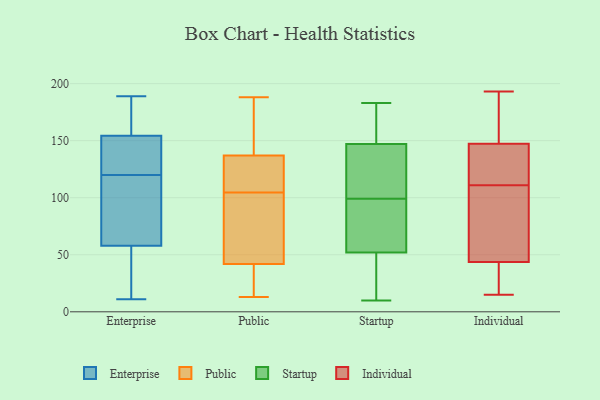
{"axis": {"x": "Shipments", "y": "Value"}, "legend": ["Enterprise", "Individual", "Public", "Startup"], "data": [{"x": "", "y": 120, "type": "Enterprise"}, {"x": "", "y": 145, "type": "Enterprise"}, {"x": "", "y": 70, "type": "Enterprise"}, {"x": "", "y": 108, "type": "Enterprise"}, {"x": "", "y": 112, "type": "Enterprise"}, {"x": "", "y": 177, "type": "Enterprise"}, {"x": "", "y": 54, "type": "Enterprise"}, {"x": "", "y": 156, "type": "Enterprise"}, {"x": "", "y": 149, "type": "Enterprise"}, {"x": "", "y": 132, "type": "Enterprise"}, {"x": "", "y": 183, "type": "Enterprise"}, {"x": "", "y": 30, "type": "Enterprise"}, {"x": "", "y": 11, "type": "Enterprise"}, {"x": "", "y": 144, "type": "Enterprise"}, {"x": "", "y": 40, "type": "Enterprise"}, {"x": "", "y": 189, "type": "Enterprise"}, {"x": "", "y": 77, "type": "Enterprise"}, {"x": "", "y": 163, "type": "Enterprise"}, {"x": "", "y": 18, "type": "Enterprise"}, {"x": "", "y": 108, "type": "Public"}, {"x": "", "y": 110, "type": "Public"}, {"x": "", "y": 21, "type": "Public"}, {"x": "", "y": 161, "type": "Public"}, {"x": "", "y": 29, "type": "Public"}, {"x": "", "y": 95, "type": "Public"}, {"x": "", "y": 159, "type": "Public"}, {"x": "", "y": 93, "type": "Public"}, {"x": "", "y": 188, "type": "Public"}, {"x": "", "y": 42, "type": "Public"}, {"x": "", "y": 179, "type": "Public"}, {"x": "", "y": 122, "type": "Public"}, {"x": "", "y": 137, "type": "Public"}, {"x": "", "y": 27, "type": "Public"}, {"x": "", "y": 134, "type": "Public"}, {"x": "", "y": 48, "type": "Public"}, {"x": "", "y": 13, "type": "Public"}, {"x": "", "y": 101, "type": "Public"}, {"x": "", "y": 148, "type": "Startup"}, {"x": "", "y": 29, "type": "Startup"}, {"x": "", "y": 22, "type": "Startup"}, {"x": "", "y": 43, "type": "Startup"}, {"x": "", "y": 144, "type": "Startup"}, {"x": "", "y": 148, "type": "Startup"}, {"x": "", "y": 81, "type": "Startup"}, {"x": "", "y": 99, "type": "Startup"}, {"x": "", "y": 81, "type": "Startup"}, {"x": "", "y": 10, "type": "Startup"}, {"x": "", "y": 183, "type": "Startup"}, {"x": "", "y": 161, "type": "Startup"}, {"x": "", "y": 141, "type": "Startup"}, {"x": "", "y": 116, "type": "Startup"}, {"x": "", "y": 79, "type": "Startup"}, {"x": "", "y": 104, "type": "Individual"}, {"x": "", "y": 112, "type": "Individual"}, {"x": "", "y": 193, "type": "Individual"}, {"x": "", "y": 165, "type": "Individual"}, {"x": "", "y": 21, "type": "Individual"}, {"x": "", "y": 50, "type": "Individual"}, {"x": "", "y": 148, "type": "Individual"}, {"x": "", "y": 147, "type": "Individual"}, {"x": "", "y": 111, "type": "Individual"}, {"x": "", "y": 73, "type": "Individual"}, {"x": "", "y": 25, "type": "Individual"}, {"x": "", "y": 15, "type": "Individual"}, {"x": "", "y": 123, "type": "Individual"}]}